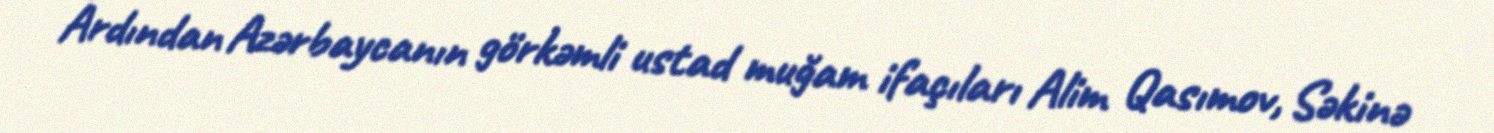
Ardından Azərbaycanın görkəmli ustad muğam ifaçıları Alim Qasımov, Səkinə